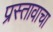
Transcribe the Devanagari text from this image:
प्रस्तावाचा